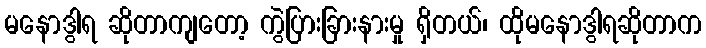
မနောဒွါရ ဆိုတာကျတော့ ကွဲပြားခြားနားမှု ရှိတယ်၊ ထိုမနောဒွါရဆိုတာက